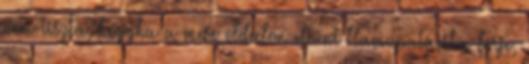
nem tiszta, hogyha a mese oldalon eltűnt Hamupatácska férje,